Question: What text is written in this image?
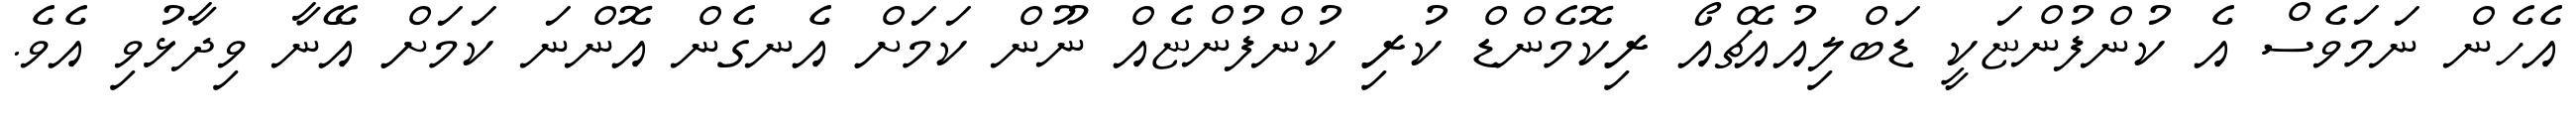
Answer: އެހެން ނަމަވެސް އެ ކުންފުންޏަކީ ޑަބްލިއުއެޗްއޯ ރިކޮމެންޑް ކުރި ކުންފުންޏެއް ނޫން ކަމަށް އެނގެން އޮންނަ ކަމަށް އޭނާ ވިދާޅުވި އެވެ.